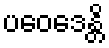
ပဝေဒေန္တိ